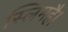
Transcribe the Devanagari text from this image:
स्लिमहै।